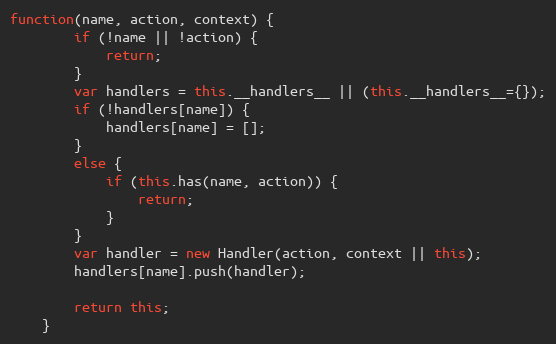
Language: JavaScript
function(name, action, context) {
        if (!name || !action) {
            return;
        }
        var handlers = this.__handlers__ || (this.__handlers__={});
        if (!handlers[name]) {
            handlers[name] = [];
        }
        else {
            if (this.has(name, action)) {
                return;
            }
        }
        var handler = new Handler(action, context || this);
        handlers[name].push(handler);

        return this;
    }